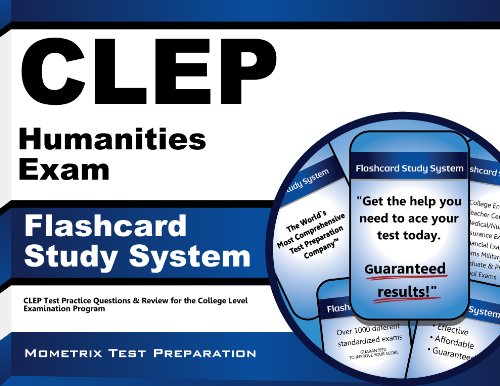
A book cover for CLEP Humanities Exam Flashcard Study System: CLEP Test Practice Questions & Review for the College Level Examination Program (Cards); CLEP Exam Secrets Test Prep Team; Test Preparation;